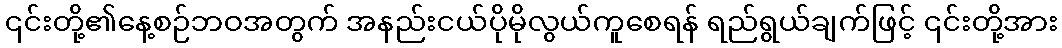
၎င်းတို့၏နေ့စဉ်ဘဝအတွက် အနည်းငယ်ပိုမိုလွယ်ကူစေရန် ရည်ရွယ်ချက်ဖြင့် ၎င်းတို့အား